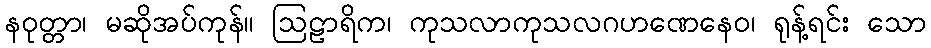
နဝုတ္တာ၊ မဆိုအပ်ကုန်။ ဩဠာရိက၊ ကုသလာကုသလဂဟဏေနေဝ၊ ရုန့်ရင်း သော